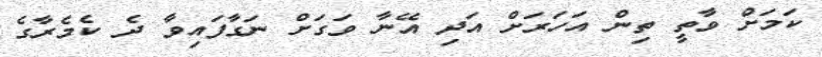
ކަމަށް ވާތީ ތިން އަހަރަށް އަދި އޭނާ ވަގަށް ނަގާފައިވާ ދެ ކެމެރާގެ